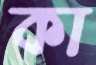
কা